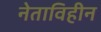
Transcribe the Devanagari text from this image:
नेताविहीन